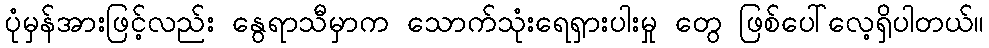
ပုံမှန်အားဖြင့်လည်း နွေရာသီမှာက သောက်သုံးရေရှားပါးမှု တွေ ဖြစ်ပေါ်လေ့ရှိပါတယ်။